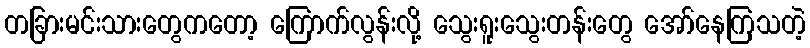
တခြားမင်းသားတွေကတော့ ကြောက်လွန်းလို့ သွေးရူးသွေးတန်းတွေ အော်နေကြသတဲ့